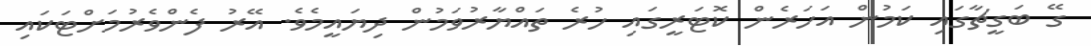
ގޭ ބަގީޗާގައި ކަމުން އަހަރެން ކޮޓަރީގައި ހުރެ ތައްޔާރުވަމުން ދިޔައީމެވެ. އޭރު ފެންވެރުމަށްޓަކައި